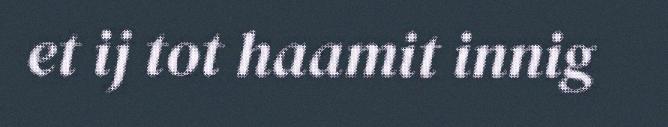
et ij tot haamit innig